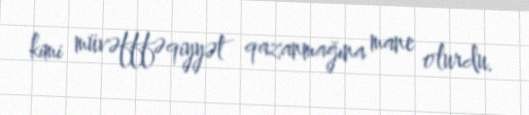
kimi müvəfffəqiyyət qazanmağına mane olurdu.